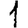
Digit: 1